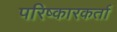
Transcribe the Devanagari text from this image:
परिष्कारकर्ता